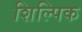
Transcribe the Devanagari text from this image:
शिल्पिक